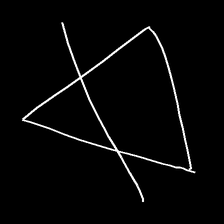
Glyph: empower